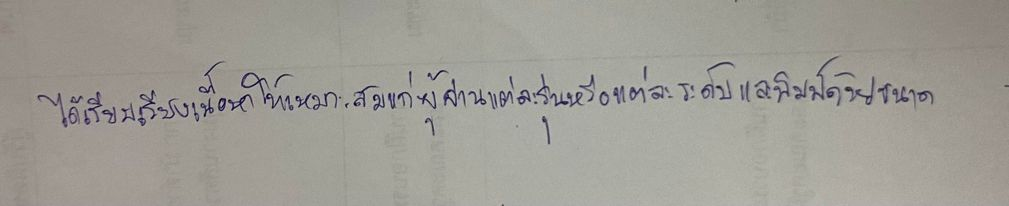
ได้เรียบเรียงเนื้อหาให้เหมาะสมแก่ผู้อ่านแต่ละรุ่นหรือแต่ละระดับและพิมพ์ด้วยขนาดอักษรขนาดต่างๆ